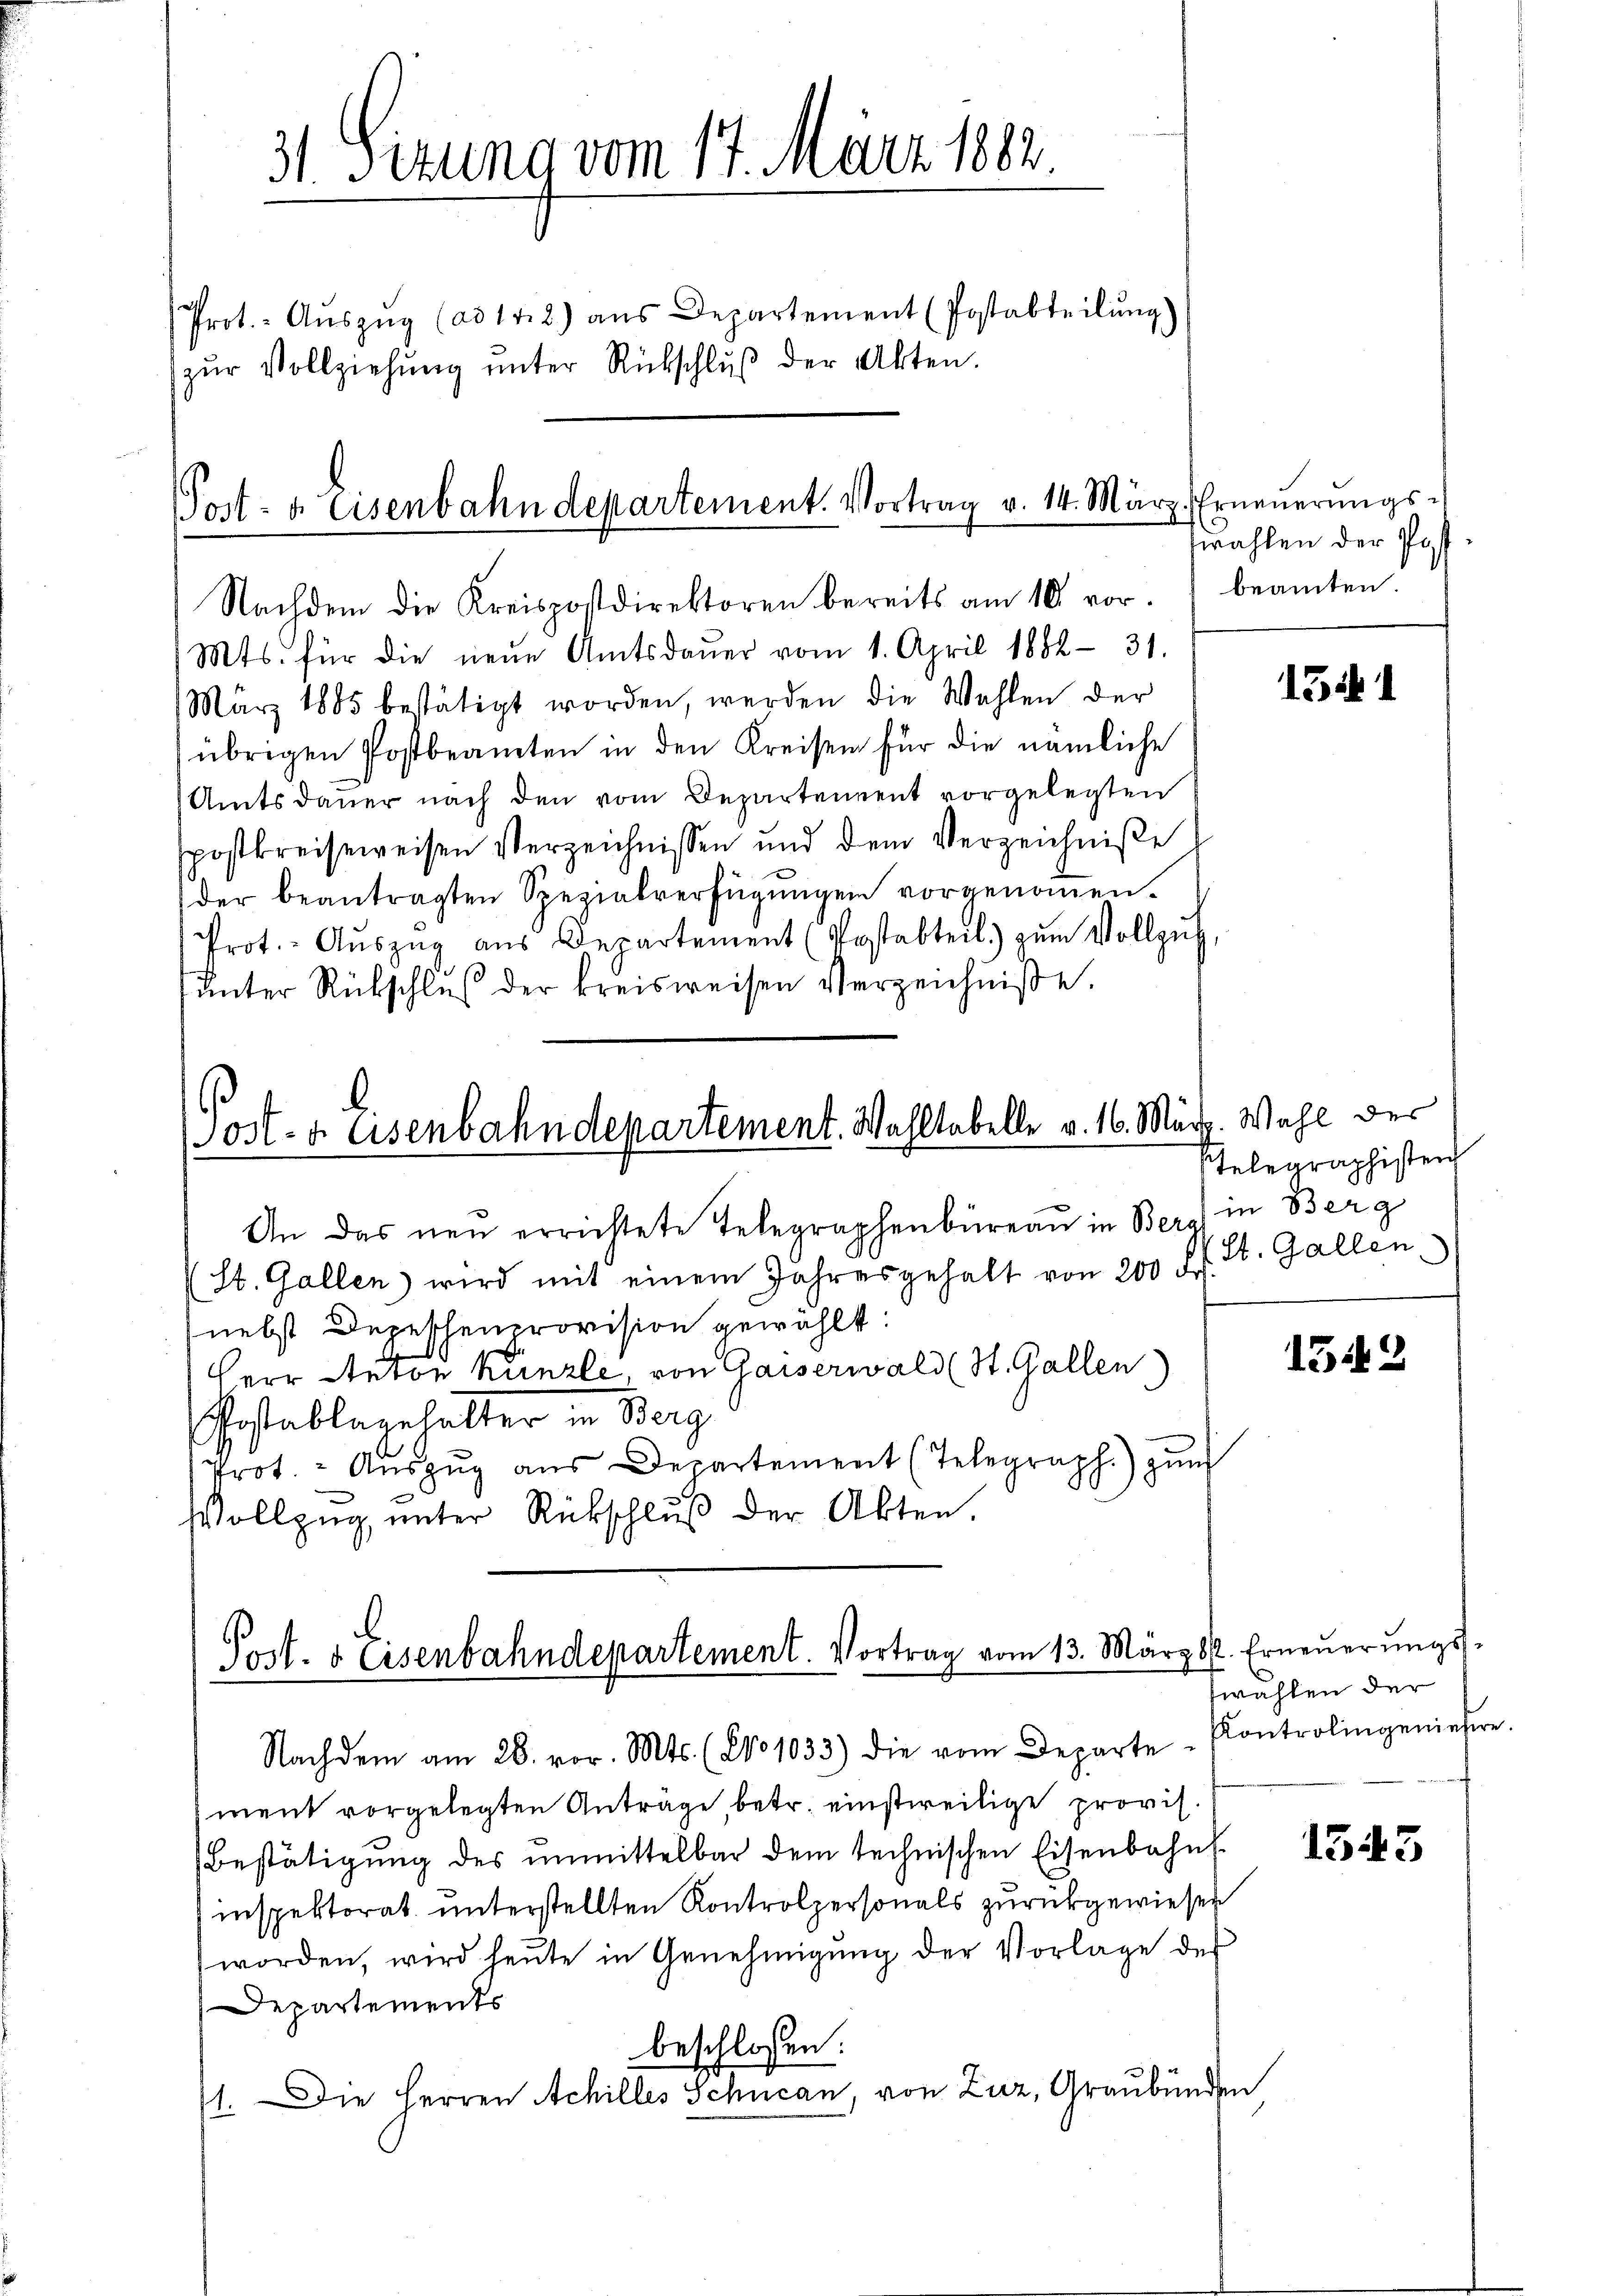
31 Sizung vom 17. März 1882.
Prot.- Aŭszŭg (ad 14. 2) aus Departement (Postabteilŭng
zŭr Vollziehŭng ŭnter Rückschlŭβ der Akten.

Nachdem die Kreispostdirektoren bereits am 10 vor.
Mts. für die neŭe Amtsdaŭer vom 1. April 1882 - 31.
März 1885 bestätigt worden, werden die Wahlen der
übrigen Postbeamten in den Kreisen für die nämliche
Amtsdauer nach den vom Departement vorgelegten
spostkreiseweisen Verzeichnissen und dem Verzeichniße
der beantragten Spezialverfügŭngen vorgenommen.
Prot.- Aŭszŭg aŭs Departement (Postabteil) zŭm Vollzŭf,
unter Rükschluß der kreisweisen Verzeichniße.

Post- u. Eisenbahndepartement. Vortrag v. 14. März. Erneŭerŭngs-

Ost- & Eisenbahndepartement. Wahltabelle v. 16. März. Wahl des

Post- & Eisenbahndepartement. Vortrag vom 13. März l. Erneŭerŭngs-

fwahlen der Post
beamten.

An das neu errichtete Telegraphenbüreau in Berg in Berg
St. Gallen) wird mit einem Jahresgehalt von 200 l. St. Gallen
nebst Depeschenprovision gewählt:
G
Herr Anton Künzli, von Gaiserwald (St. Gallen
Postablagehalter in Berg
Prot. - Aŭszŭg aŭs Departement (Telegraph.) zŭm
Vollzug unter Rückschlŭβ der Akten.

Nachdem am 28. vor. Mts. (No 1033) die vom Departe Kontrolingeniefere.
ment vorgelegten Anträge, betr. einstweilige provis.
Bestätigung des unmittelbar dem technischen Eisenbahn
inspektorat unterstellten Kontrolpersonals zurückgewiesen
worden, wird heŭte in Genehmigŭng der Vorlage der
Departements
beschlossen:
71. Die Herren Achilles Schucan, von Zuz, Graubünden

1541

Telegraphisten

1542

zwahlen der

1543